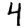
Digit: 4